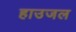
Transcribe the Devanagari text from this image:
हाउजल